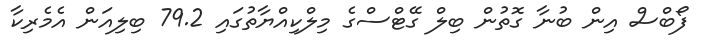
ފޯބްސް އިން ބުނާ ގޮތުން ބިލް ގޭޓްސްގެ މިލްކިއްޔާތުގައި 79.2 ބިލިއަން އެމެރިކާ